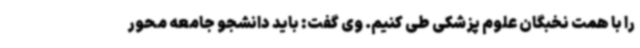
را با همت نخبگان علوم پزشکی طی کنیم. وی گفت: باید دانشجو جامعه محور